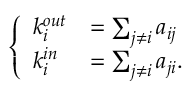
\left\{ \begin{array} { l l } { k _ { i } ^ { o u t } } & { = \sum _ { j \neq i } a _ { i j } } \\ { k _ { i } ^ { i n } } & { = \sum _ { j \neq i } a _ { j i } . } \end{array} \right.